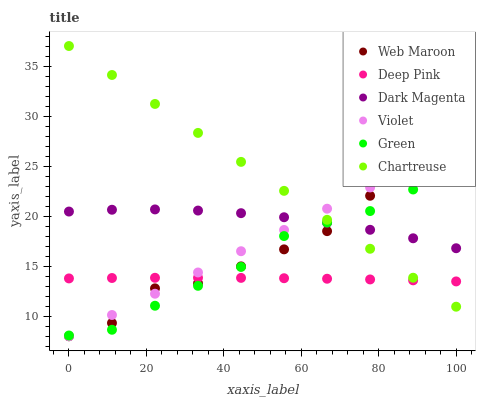
| xaxis_label | Web Maroon | Deep Pink | Dark Magenta | Violet | Green | Chartreuse |
 | --- | --- | --- | --- | --- | --- | --- |
 | 0 | 8 | 13.8 | 20.5 | 8 | 8.07 | 37 |
 | 11.1 | 9.32 | 13.8 | 20.6 | 10.1 | 8.65 | 34.1 |
 | 22.2 | 12.8 | 13.8 | 20.7 | 12.2 | 11 | 31.2 |
 | 33.3 | 13.3 | 13.8 | 20.6 | 14.4 | 13 | 28.3 |
 | 44.4 | 15 | 13.8 | 20.3 | 16.5 | 14.9 | 25.4 |
 | 55.6 | 16.7 | 13.8 | 19.9 | 18.6 | 18 | 22.5 |
 | 66.7 | 18.5 | 13.7 | 19.3 | 20.7 | 19.4 | 19.6 |
 | 77.8 | 22 | 13.7 | 18.6 | 22.9 | 20.5 | 16.7 |
 | 88.9 | 24.1 | 13.6 | 17.8 | 25 | 22.7 | 13.8 |
 | 100 | 24 | 13.5 | 16.8 | 27.1 | 23.7 | 11 |